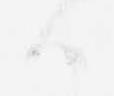
ハ